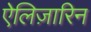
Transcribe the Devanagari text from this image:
ऐलिज़ारिन